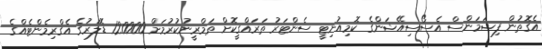
އެގޮތުން ފިޝަމަންސް އެސޯސިއޭޝަންގެ ކޮމިއުނިޓީ ސެންޓަރު ތަރައްގީކޮށް ތަމްރީނުކުރުމަށް 120000 ޑޮލަރުގެ އެގްރިމެންޓެއްގެ